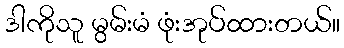
ဒါကိုသူ မွမ်းမံ ဖုံးအုပ်ထားတယ်။